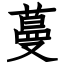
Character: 蔓